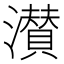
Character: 濽